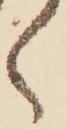
く